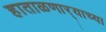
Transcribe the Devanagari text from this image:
हाताळणार्‍याच्या